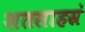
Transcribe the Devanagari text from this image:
शतसाहस्रं